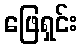
ဖြေရှင်း